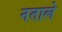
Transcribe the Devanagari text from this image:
नताले